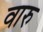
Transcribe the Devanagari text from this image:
वारु